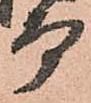
而